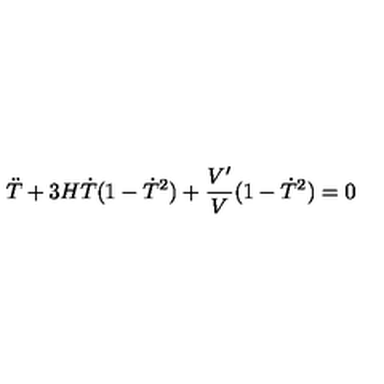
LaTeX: \ddot { T } + 3 H \dot { T } ( 1 - \dot { T } ^ { 2 } ) + \frac { V ^ { \prime } } { V } ( 1 - \dot { T } ^ { 2 } ) = 0